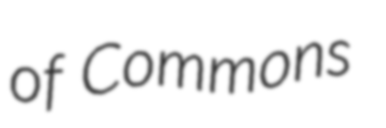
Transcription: of Commons